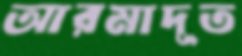
আরমাদূত